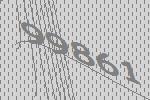
99861